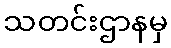
သတင်းဌာနမှ